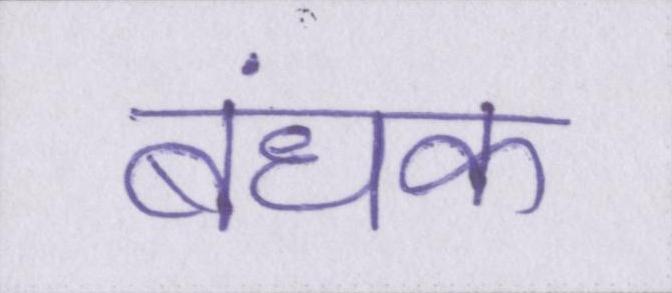
बंधक